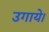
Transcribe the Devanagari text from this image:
उगाये।